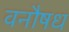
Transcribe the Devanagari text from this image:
वनौषध